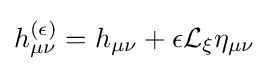
h_{\mu \nu }^{(\epsilon )}=h_{\mu \nu }+\epsilon {\mathcal {L}}_{\xi }\eta _{\mu \nu }